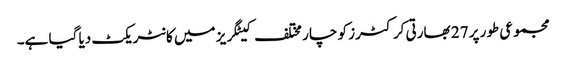
مجموعی طور پر 27 بھارتی کرکٹرز کو چار مختلف کیٹگریز میں کانٹریکٹ دیا گیا ہے۔